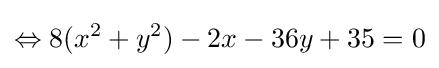
\Leftrightarrow 8(x^{2}+y^{2})-2x-36y+35=0